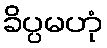
ခိပ္ပမဟုံ